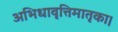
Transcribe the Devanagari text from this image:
अभिधावृत्तिमातृका।